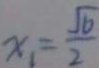
x _ { 1 } = \frac { \sqrt { 6 } } { 2 }